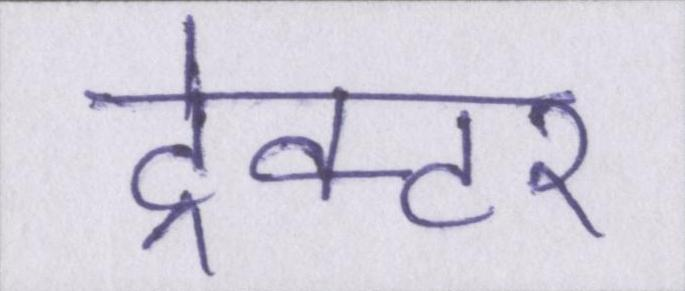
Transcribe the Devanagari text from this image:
ट्रेक्टर